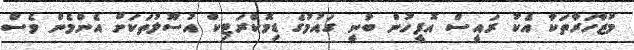
މުޒާހަރާތަކާ އެކު ރައީސް އޮފީހުން ބުނީ ގައުމުގެ ޑިމޮކްރަޓިކް އުސޫލުތަކަށް އެންމެން ވެސް